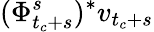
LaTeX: (\Phi_{t_{c}+s}^{s})^{*}v_{t_{c}+s}